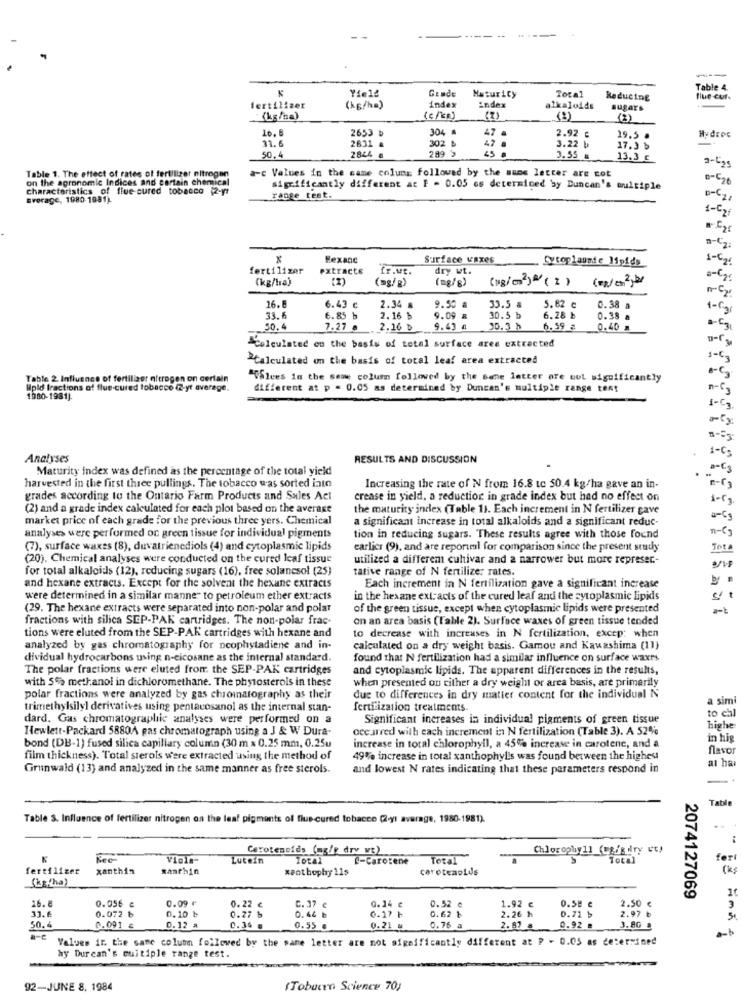
---
K
Yield
Table 4.
Gende
Maturity
Total
Reducing
Blue cur.
fertilizer
(kg/ha)
index
Endex
alkaloids
sugars
(7)
(2)
(3)
16.
304
47
HydEDE
11.6
2653 b
302 ₺
2.92 ¢
3.22 ₺
19.5 .
2631 a
47
17.3 b
50.4
2844 a
289 >
3.55 #
13.3 c
3-525
Table 1. The effect of rates of fertilizer nitrogen
a-c Values in the same colung followed by the suns letter are cot
on the agronomic Indices and cortain chemical
characteristics of flue cured tobacco 2-yt
significantly different at P = 0.05 es determined by Duncan's multiple
Evorage, 1980-1981)
range test.
p-C2,
1-C21
0- 2:
Hexane
Surface Vaxes
Cytoplaunde_15pids
fertilizer
extracte
fr.ut.
dry wt.
(kg/ha)
(mg/g)
(kg/cm2)" ( 2 )
a-Car
(mg/g)
26.
33.5 &
6.43 c
2.34 8
9.50
5.62 c
0.38 a
1-Car
33.6
6.85 b
2.16 ₺
9.09
30.5 b
6.28 b
0.38 a
50.4
7.27 a
2.16 ₺
9.43 a
30.3 h
6.59 @
0.40 a
-G
a-C
Calculated on the basis of total surface area extracted
"Calculated on the basis of total leaf area extracted
Table 2. Influence of fertilizer nitrogen on certain
""alves in the same column folloved by the Bene letter are wot significantly
Upld fractions of flue-cured tobacco (2-yt average.
different at p = 0.05 as determined by Duncan's multiple range tent
1980-1981).
Analyses
RESULTS AND DISCUSSION
Maturity index was defined as the percentage of the total yield
=C3
harvested in the first three pullings. The tobacco was sorted into
Increasing the rate of N from 16.8 tc 50.4 kg/ha gave an in-
grades according to the Ontario Farm Products and Sales Acl
crease in yield, a reduction in grade index but had no effect on
(2) and a grade index calculated for each plot based on the average
the maturity index (Table 11. Each increment in N fertilizer gave
market price of each grade for the previous three yers. Chemical
a significant increase in total alkaloids and a significant reduc-
n-(
analyses were performed on green tissue for individual pigments
tion in reducing sugars. These results agree with those found
(7), surface waxes (8), duvatrienediols (4) and cytoplasmic lipids
earlier (9), and are reportel for comparison since the present study
(20). Chemical analyses were conducted on the cured leaf tissue
utilized a different cultivar and a narrower but more represer .-
for total alkaloids (12), reducing sugars (16), free solancsol (25)
tative range of N fertilize: rates.
and hexane extracts. Except for the solvent the hexane extracts
Each increment in N fertilization gave a significant increase
were determined in a similar manner to petroleum ether extracts
in the hexane ext: acts of the cured leaf and the cytoplasmic lipids
(29. The hexane extracts were separated into non-polar and polar
of the green tissue, except when cytoplasmic lipids were presented
fractions with silica SEP-PAK cartridges. The non-polar frac-
on an area basis (Table 2). Surface waxes of green tissue tended
tions were eluted from the SEP-PAK cartridges with hexane and
to decrease with increases in N fertilization, excep: when
analyzed by gas chromatography for neophstadiene and in-
calculated on a dry weight basis. Gamou and Kawashima (11)
dividual hydrocarbons using n-cicosane as the internal standard.
found that N fertilization had a similar influence on surface waxes
The polar fractions were eluted from the SEP-PAK cartridges
and cytoplasmic lipids. The apparent differences in the results,
with 5% methanol in dichloromethane. The phytosterols in these
when presented on cither a dry weight or area basis, are primarily
polar fractions were analyzed by gas chromatography as their
due to differences in dry matier content for the individual N
a simi
trimethylsily] derivatives using pentacosanol as the internal stan-
fertilization treatments.
to chl
dard. Gas chromatographic analyses were performed on a
Significant increases in individual pigments of green tissue
Hewlett-Packard 5880A pas chromatograph using a J & W Dura-
occurred with each increment in N fertilization (Table 3). A 52%
highe
in hig
bond (DB-1) fused silica capillary column (30 m x 0.25 mm, 0.25u
increase in total chlorophyll, a 45% increase in carotene, and a
flavor
film thickness). Total sterols were extracted using the method of
49% increase in total xanthophylis was found between the highest
at hai
Grunwald (13) and analyzed in the same manner as free sterols.
and lowest N rates indicating that these parameters respond in
Table
Table S. Influence of fertilizer nitrogen as the leaf pigments of flus-cured tobacco (2-yt average, 1980-1981)
Carotenoids (ng/p dry we)
Viola-
Lutein
Total
e-Carosene
Total
Total
for
fertilizer
xanthin
santhin
xanthophy 11s
caroteaplus
(k:
(kg(ha)
16.8
0.056 e
0.09 ⑈
0.58 e
2.50 €
2074127069
33.6
0.072 ₺
16 e
0.10 b
0.22
0.77 ৳
C. 37 €
0.46 b
0.14 c
0.17 ৳
0.52 e
0.62 ₺
1.92 €
2.26 h
2.97 b
0.71 b
50.4
0.091 &
D. 12 a
0.36 .
0.55 .
0.21 a
0.76 a
2. 83
0.92 .
3.80
Values ir. the same column followed by the same letter are not significantly different at P - 0.05 as determined
hy Durcan's multiple range test.
92-JUNE 8, 1984
(Toburro Science 70;